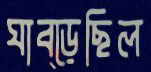
ঘাব্‌ড়েছিল